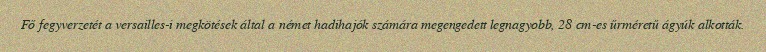
Fő fegyverzetét a versailles-i megkötések által a német hadihajók számára megengedett legnagyobb, 28 cm-es űrméretű ágyúk alkották.